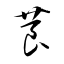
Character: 莨